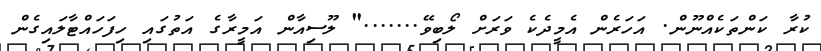
ކުރާ ކަންތަކެއްނޫން. އަހަރެން އެމީދެކެ ވަރަށް ލޯބިވޭ......." ލޫސިއާން އަމީރާގެ އަތުގައި ހިފަހައްޓާލައިގެން